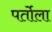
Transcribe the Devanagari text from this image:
पर्तोला